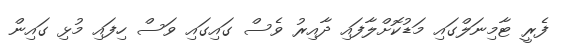
ފެރީ ޓާމިނަލްގައި މަޑުކޮށްލާފައި ދާއިރު ވެސް ގައިގައި ވަސް ހިފައި މުޅި ގައިން